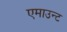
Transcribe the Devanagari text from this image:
एमाउन्ट